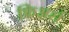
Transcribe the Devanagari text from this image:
फ्रिअर्स